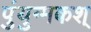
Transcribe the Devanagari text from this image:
पुंयुग्मकश्